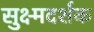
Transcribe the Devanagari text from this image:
सुक्ष्मदर्शक